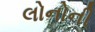
લોનોની